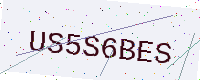
Text: US5S6BES